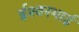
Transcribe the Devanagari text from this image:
ईश्वरभाई